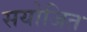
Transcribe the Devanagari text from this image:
सयोजित